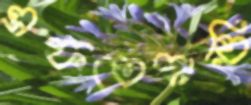
এফতেদায়ি